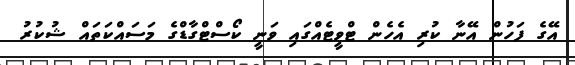
އޭގެ ފަހުން އޭނާ ކުރި އެހެން ޓްވީޓެއްގައި ވަނީ ކޯސްޓްގާޑްގެ މަސައްކަތައް ޝުކުރު